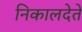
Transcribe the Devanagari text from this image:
निकालदेते